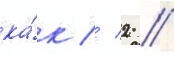
ка́к // 2 //